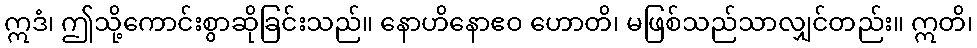
ဣဒံ၊ ဤသို့ကောင်းစွာဆိုခြင်းသည်။ နောဟိနောဧဝ ဟောတိ၊ မဖြစ်သည်သာလျှင်တည်း။ ဣတိ၊